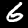
Label: 6